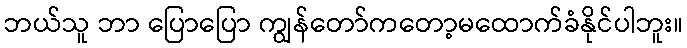
ဘယ်သူ ဘာ ပြောပြော ကျွန်တော်ကတော့မထောက်ခံနိုင်ပါဘူး။